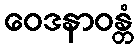
ဝေဒနာဝန္တံ